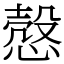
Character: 慤